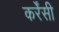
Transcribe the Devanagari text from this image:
कर्रेंसी